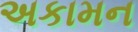
અકામન